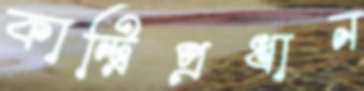
কান্ট্রিপ্রধান